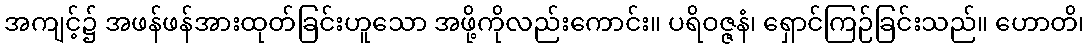
အကျင့်၌ အဖန်ဖန်အားထုတ်ခြင်းဟူသော အဖို့ကိုလည်းကောင်း။ ပရိဝဇ္ဇနံ၊ ရှောင်ကြဉ်ခြင်းသည်။ ဟောတိ၊